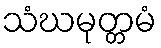
သံဃမုတ္တမံ